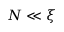
N \ll \xi